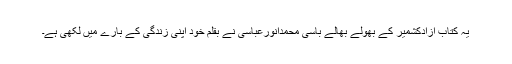
یہ کتاب آزادکشمیر کے بھولے بھالے باسی محمدانورعباسی نے بقلم خود اپنی زندگی کے بارے میں لکھی ہے۔